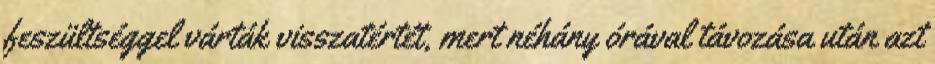
feszültséggel várták visszatértét, mert néhány órával távozása után azt